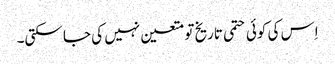
اِس کی کوئی حتمی تاریخ تو متعین نہیں کی جا سکتی۔